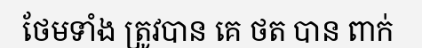
ថែមទាំង ត្រូវបាន គេ ថត បាន ពាក់